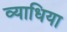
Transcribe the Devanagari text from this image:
व्याधिया